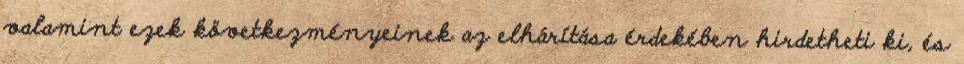
valamint ezek következményeinek az elhárítása érdekében hirdetheti ki, és